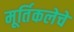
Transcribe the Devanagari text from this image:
मूर्तिकलेचे